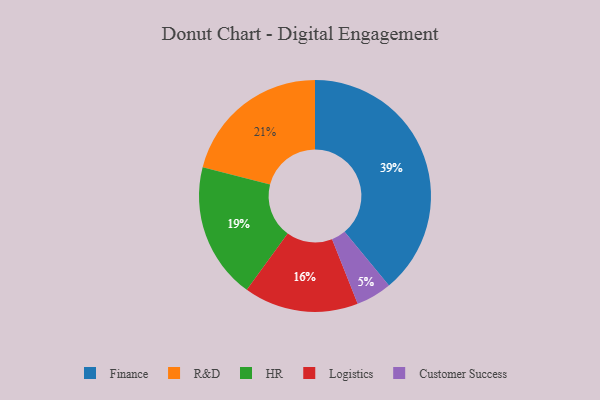
{"axis": {"x": "Category", "y": "Percentage"}, "legend": ["Customer Success", "Finance", "HR", "Logistics", "R&D"], "data": [{"x": "Finance", "y": 39, "type": "Finance"}, {"x": "HR", "y": 19, "type": "HR"}, {"x": "Logistics", "y": 16, "type": "Logistics"}, {"x": "R&D", "y": 21, "type": "R&D"}, {"x": "Customer Success", "y": 5, "type": "Customer Success"}]}